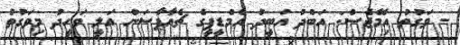
- ވަގުތު އިމޭޖެސް: އަބްދު އަބީދު އެމްޑީޕީގެ ޗެއާޕާސަން އަލީ ވަހީދު މިވަގުތު